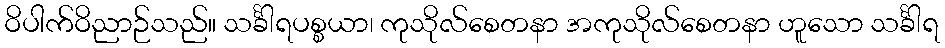
ဝိပါက်ဝိညာဉ်သည်။ သင်္ခါရပစ္စယာ၊ ကုသိုလ်စေတနာ အကုသိုလ်စေတနာ ဟူသော သင်္ခါရ